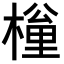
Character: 𣙚